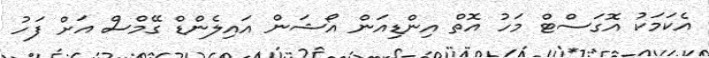
އެކަމަކު އޮގަސްޓް މަހު އޮތް އިންޑިއަން އޯޝަން އައިލެންޑް ގޭމްސް އަށް ފަހު